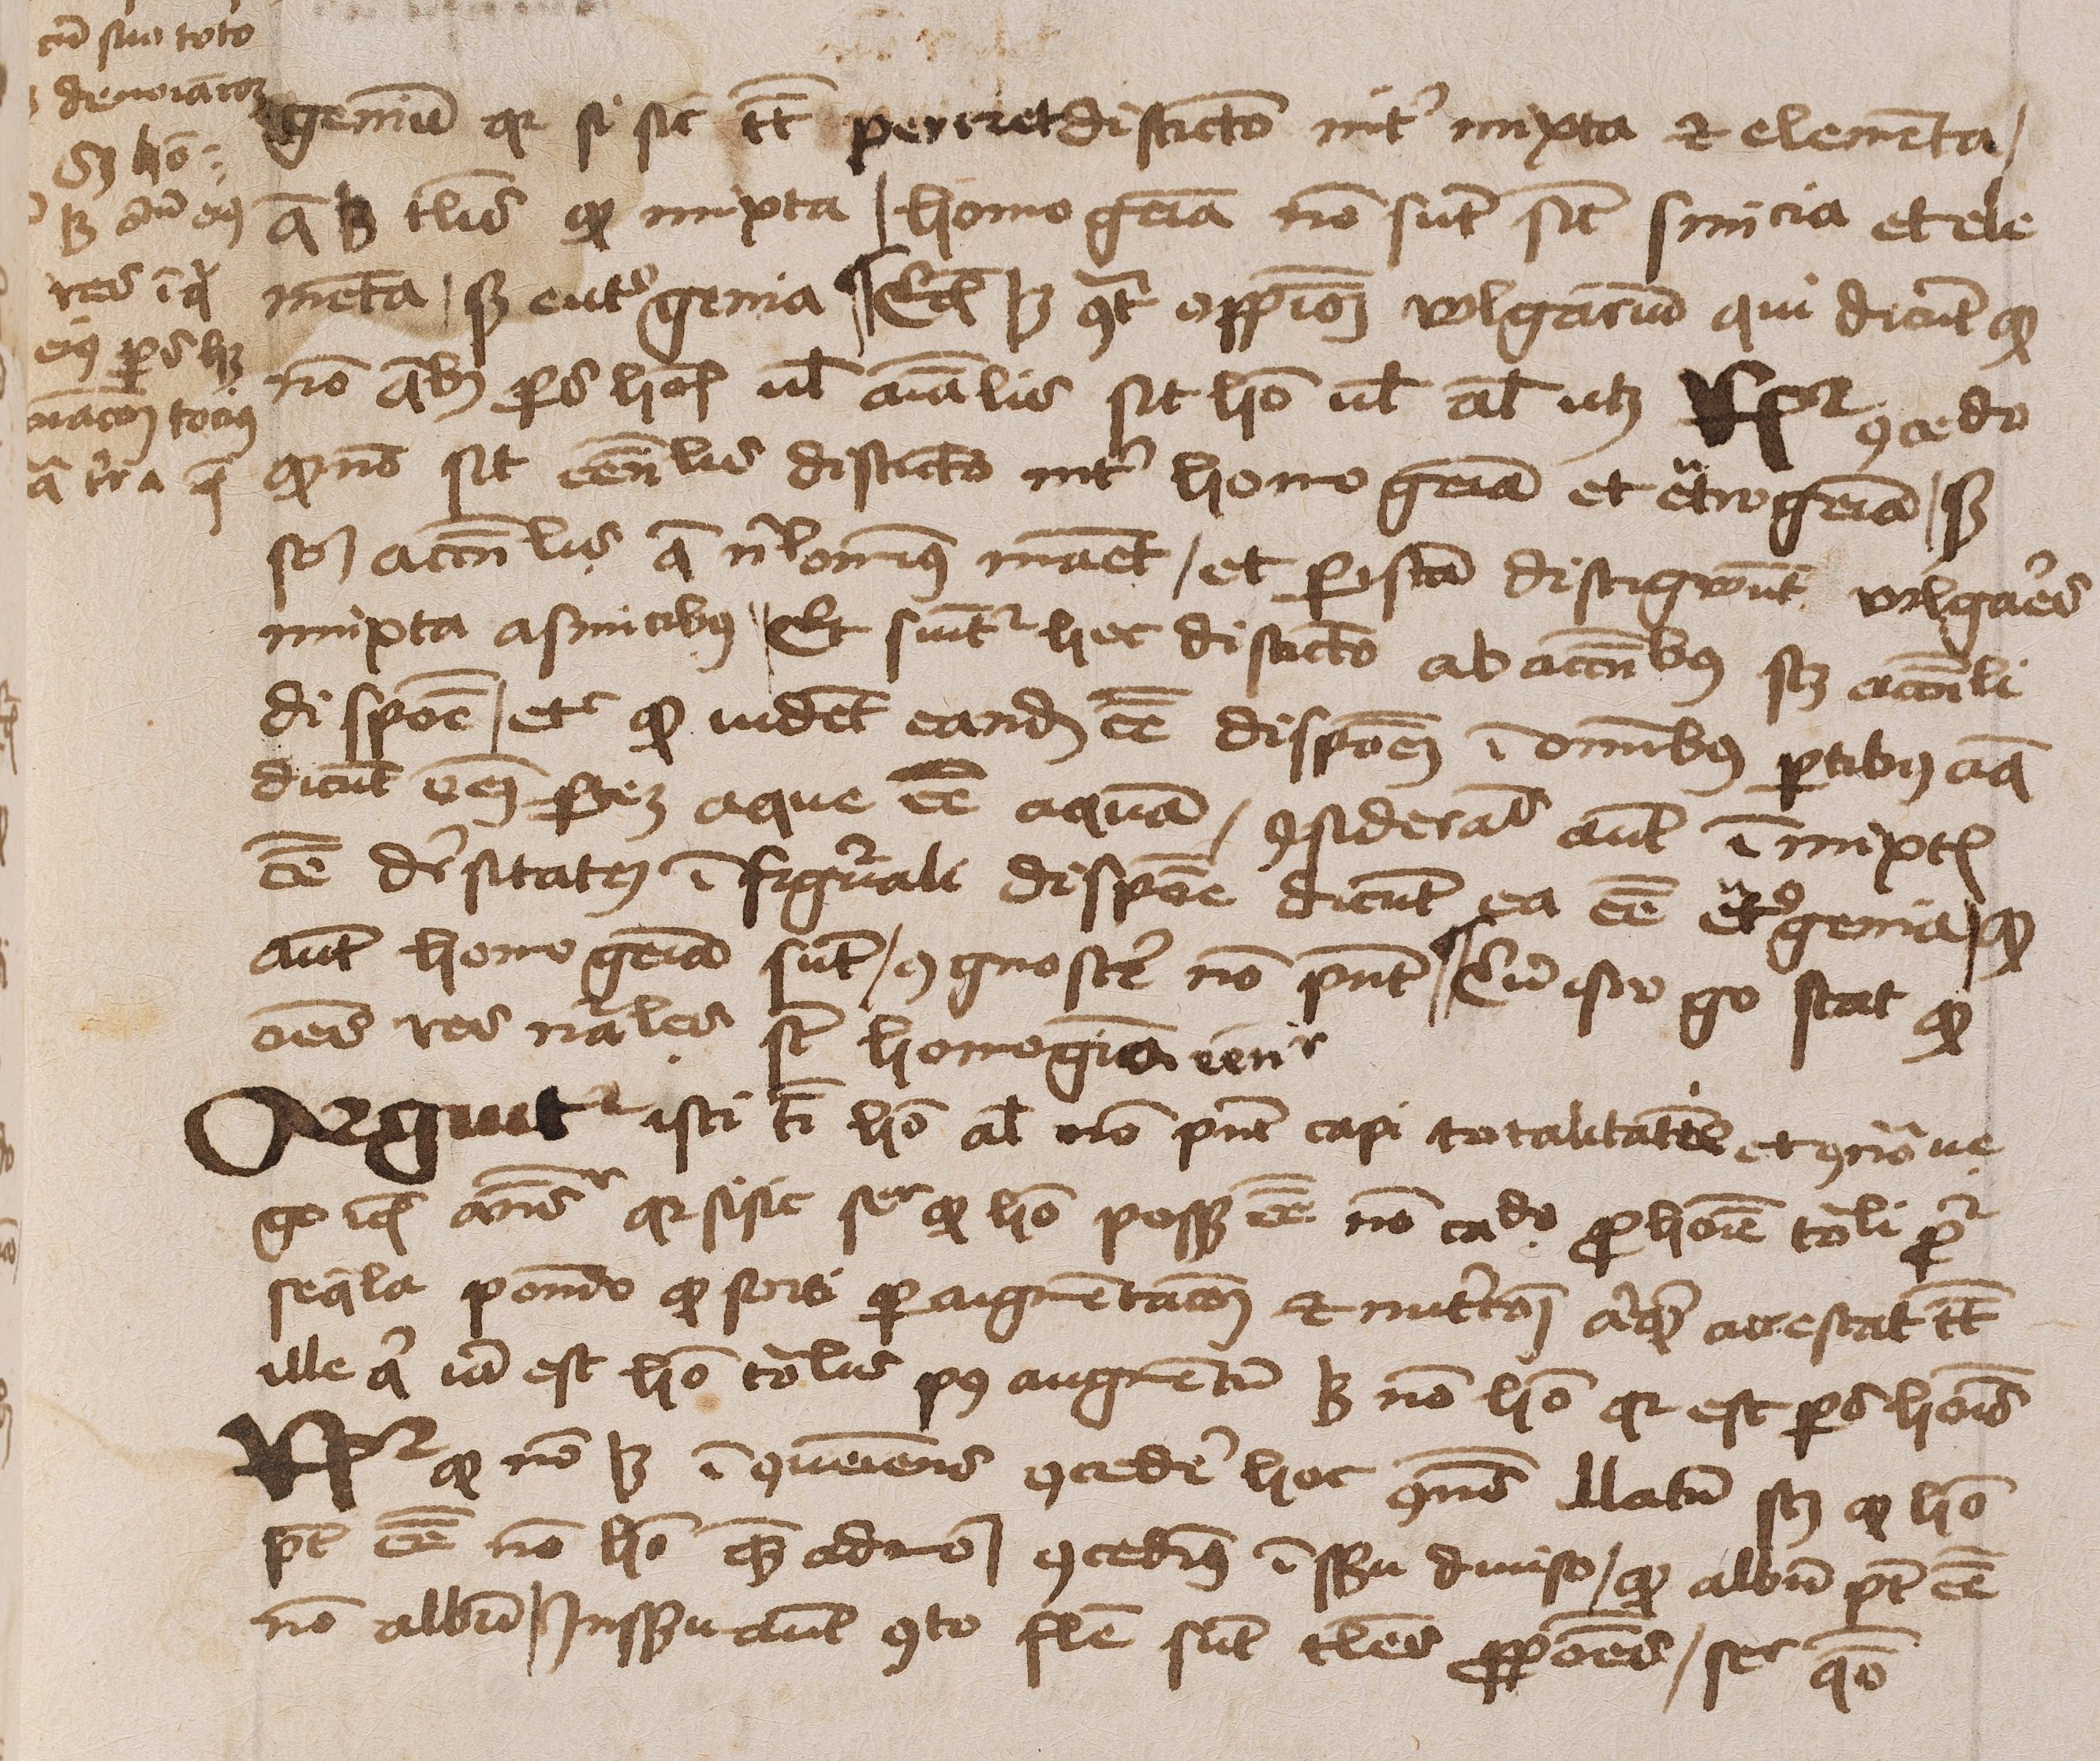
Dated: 1450–1474